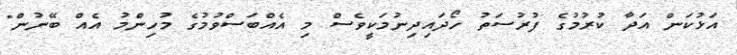
އަޅުކަން އަދާ ކުރުމުގެ ފުރުސަތު ހޯދައިދިނުމަކީވެސް މި އެއްބަސްވުމުގެ މުހިންމު އެއް ބޭނުން"